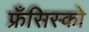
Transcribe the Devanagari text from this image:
फ्रँसिस्को